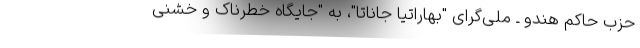
حزب حاکم هندو ـ ملی‌گرای "بهاراتیا جاناتا"، به "جایگاه خطرناک و خشنی